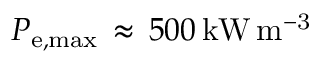
P _ { \mathrm { { e , m a x } } } \, \approx \, 5 0 0 \, \mathrm { { k W \, m ^ { - 3 } } }